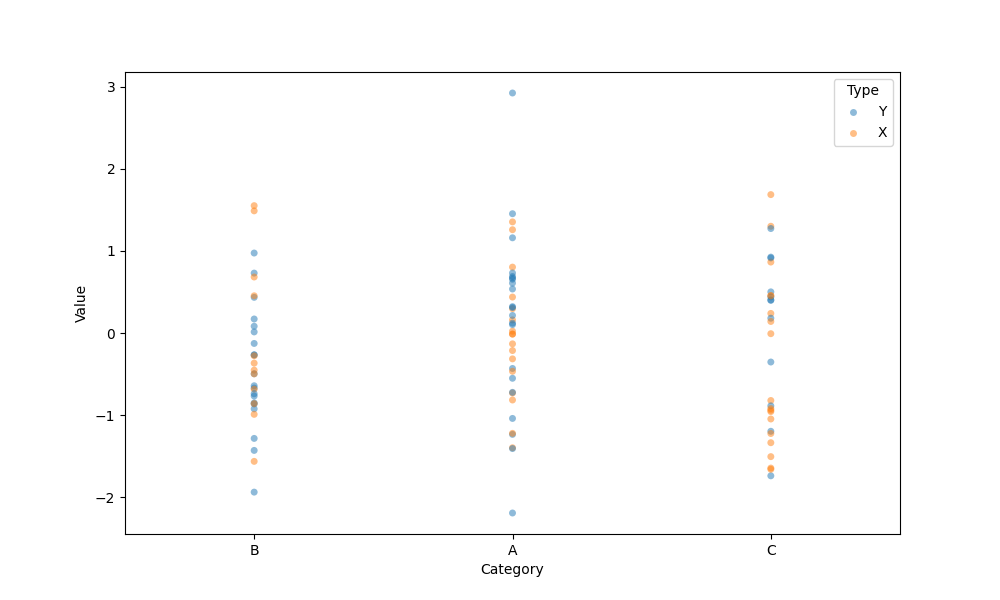
python, seaborn, stripplot, jitter=False, dodge=False, alpha=0.5, size=5